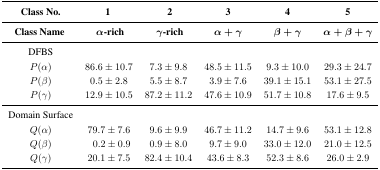
<table><thead><tr><td><b>Class No.</b></td><td><b>1</b></td><td><b>2</b></td><td><b>3</b></td><td><b>4</b></td><td><b>5</b></td></tr><tr><td><b>Class Name</b></td><td><b><i>α</i>-rich</b></td><td><b><i>γ</i>-rich</b></td><td><b><i>α</i> + <i>γ</i></b></td><td><b><i>β</i> + <i>γ</i></b></td><td><b><i>α</i> + <i>β</i> + <i>γ</i></b></td></tr></thead><tbody><tr><td>DFBS</td><td></td><td></td><td></td><td></td><td></td></tr><tr><td><i>P</i>(<i>α</i>)</td><td>86.6 ± 10.7</td><td>7.3 ± 9.8</td><td>48.5 ± 11.5</td><td>9.3 ± 10.0</td><td>29.3 ± 24.7</td></tr><tr><td><i>P</i>(<i>β</i>)</td><td>0.5 ± 2.8</td><td>5.5 ± 8.7</td><td>3.9 ± 7.6</td><td>39.1 ± 15.1</td><td>53.1 ± 27.5</td></tr><tr><td><i>P</i>(<i>γ</i>)</td><td>12.9 ± 10.5</td><td>87.2 ± 11.2</td><td>47.6 ± 10.9</td><td>51.7 ± 10.8</td><td>17.6 ± 9.5</td></tr><tr><td>Domain Surface</td><td></td><td></td><td></td><td></td><td></td></tr><tr><td><i>Q</i>(<i>α</i>)</td><td>79.7 ± 7.6</td><td>9.6 ± 9.9</td><td>46.7 ± 11.2</td><td>14.7 ± 9.6</td><td>53.1 ± 12.8</td></tr><tr><td><i>Q</i>(<i>β</i>)</td><td>0.2 ± 0.9</td><td>0.9 ± 8.0</td><td>9.7 ± 9.0</td><td>33.0 ± 12.0</td><td>21.0 ± 12.5</td></tr><tr><td><i>Q</i>(<i>γ</i>)</td><td>20.1 ± 7.5</td><td>82.4 ± 10.4</td><td>43.6 ± 8.3</td><td>52.3 ± 8.6</td><td>26.0 ± 2.9</td></tr></tbody></table>